Annual report on the health of the army in India
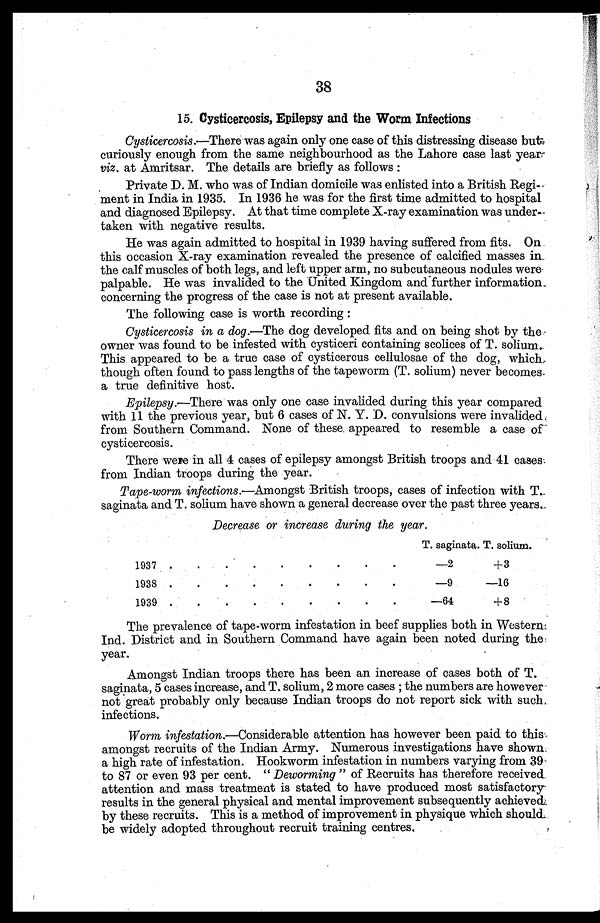
38
15. Cysticercosis, Epilepsy and the Worm Infections
Cysticercosis.—There was again only one case of this distressing disease but
curiously enough from the same neighbourhood as the Lahore case last year
viz. at Amritsar. The details are briefly as follows :
Private D. M. who was of Indian domicile was enlisted into a British Regi
ment in India in 1935. In 1936 he was for the first time admitted to hospital
and diagnosed Epilepsy. At that time complete X-ray examination was under-
taken with negative results.
He was again admitted to hospital in 1939 having suffered from fits. On
this occasion X-ray examination revealed the presence of calcified masses in
the calf muscles of both legs, and left upper arm, no subcutaneous nodules were
palpable. He was invalided to the United Kingdom and further information
concerning the progress of the case is not at present available.
The following case is worth recording :
Cysticercosis in a dog .—The dog developed fits and on being shot by the
owner was found to be infested with cysticeri containing scolices of T. solium.
This appeared to be a true case of cysticercus cellulosae of the dog, which,
though often found to pass lengths of the tapeworm (T. solium) never becomes.
a true definitive host.
Epilepsy.—There was only one case invalided during this year compared
with 11 the previous year, but 6 cases of N. Y. D. convulsions were invalided,
from Southern Command. None of these appeared to resemble a case of
cysticercosis.
There were in all 4 cases of epilepsy amongst British troops and 41 cases:
from Indian troops during the year.
Tape-worm infections .—Amongst British troops, cases of infection with T.
saginata and T. solium have shown a general decrease over the past three years.
Decrease or increase during the year.
T. saginata. T. solium.
1937
. •
•
•
•
•
•
•
•
—2
+3
1938 .
.
. •
•
•
.
.
•
—9
—16
193
.
.
.
•
0
•
a
•
•
—64
+8
The prevalence of tape-worm infestation in beef supplies both in Western
Ind. District and in Southern Command have again been noted during the
year.
Amongst Indian troops there has been an increase of cases both of T.
saginata, 5 cases increase, and T. solium, 2 more cases ; the numbers are however
not great probably only because Indian troops do not report sick with such,
infections.
Worm infestation .—Considerable attention has however been paid to this.
amongst recruits of the Indian Army. Numerous investigations have shown
a high rate of infestation. Hookworm infestation in numbers varying from 39
to 87 or even 93 per cent. " Deworming " of Recruits has therefore received
attention and mass treatment is stated to have produced most satisfactory
results in the general physical and mental improvement subsequently achievedb
y these recruits. This is a method of improvement in physique which should
be widely adopted throughout recruit training centres.